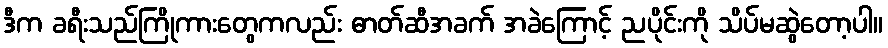
ဒီက ခရီးသည်ကြိုကားတွေကလည်း ဓာတ်ဆီအခက် အခဲကြောင့် ညပိုင်းကို သိပ်မဆွဲတော့ပါ။